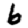
Digit: 6